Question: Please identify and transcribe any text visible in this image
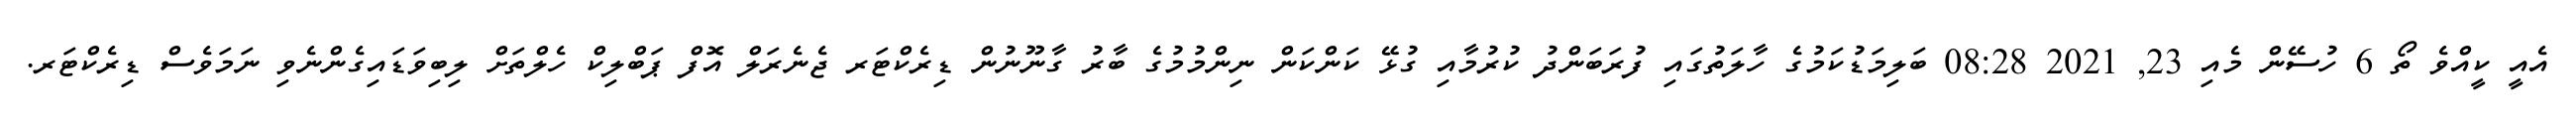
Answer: އެއީ ކީއްވެ ތޯ 6 ހުސޭން މެއި 23, 2021 08:28 ބަލިމަޑުކަމުގެ ހާލަތުގައި ފުރަބަންދު ކުރުމާއި ގުޅޭ ކަންކަން ނިންމުމުގެ ބާރު ގާނޫނުން ޑިރެކްޓަރ ޖެނެރަލް އޮފް ޕަބްލިކް ހެލްތަށް ލިބިވަޑައިގެންނެވި ނަމަވެސް ޑިރެކްޓަރ.